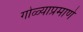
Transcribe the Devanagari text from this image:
गोळ्याप्रमाणे